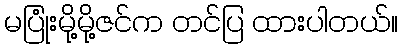
မပြုံးမို့မို့ဇင်က တင်ပြ ထားပါတယ်။